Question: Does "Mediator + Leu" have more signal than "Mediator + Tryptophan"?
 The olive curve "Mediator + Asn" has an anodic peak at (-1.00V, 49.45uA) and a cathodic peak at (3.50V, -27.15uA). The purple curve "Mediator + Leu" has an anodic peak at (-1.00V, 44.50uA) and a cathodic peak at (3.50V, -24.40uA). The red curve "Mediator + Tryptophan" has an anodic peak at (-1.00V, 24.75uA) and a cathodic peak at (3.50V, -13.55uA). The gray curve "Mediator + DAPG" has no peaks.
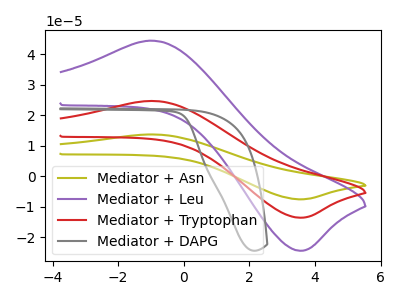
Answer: <think>All the peaks in "Mediator + Leu" have a peak in "Mediator + Tryptophan" at the same potential. Every peak in "Mediator + Leu" is higher than every peak in "Mediator + Tryptophan".
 </think>
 <answer>"Mediator + Leu" has more signal than "Mediator + Tryptophan".</answer>
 <eval>more_signal</eval>